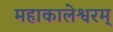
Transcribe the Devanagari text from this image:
महाकालेश्वरम्